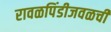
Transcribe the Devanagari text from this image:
रावळपिंडीजवळची